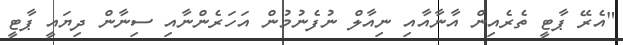
"އެރޭ ޕާޓީ ތެރެއިން އާނާއާއި ނިއާލް ނުފެނުމުން އަހަރެންނާއި ސިނާން ދިޔައީ ޕާޓީ